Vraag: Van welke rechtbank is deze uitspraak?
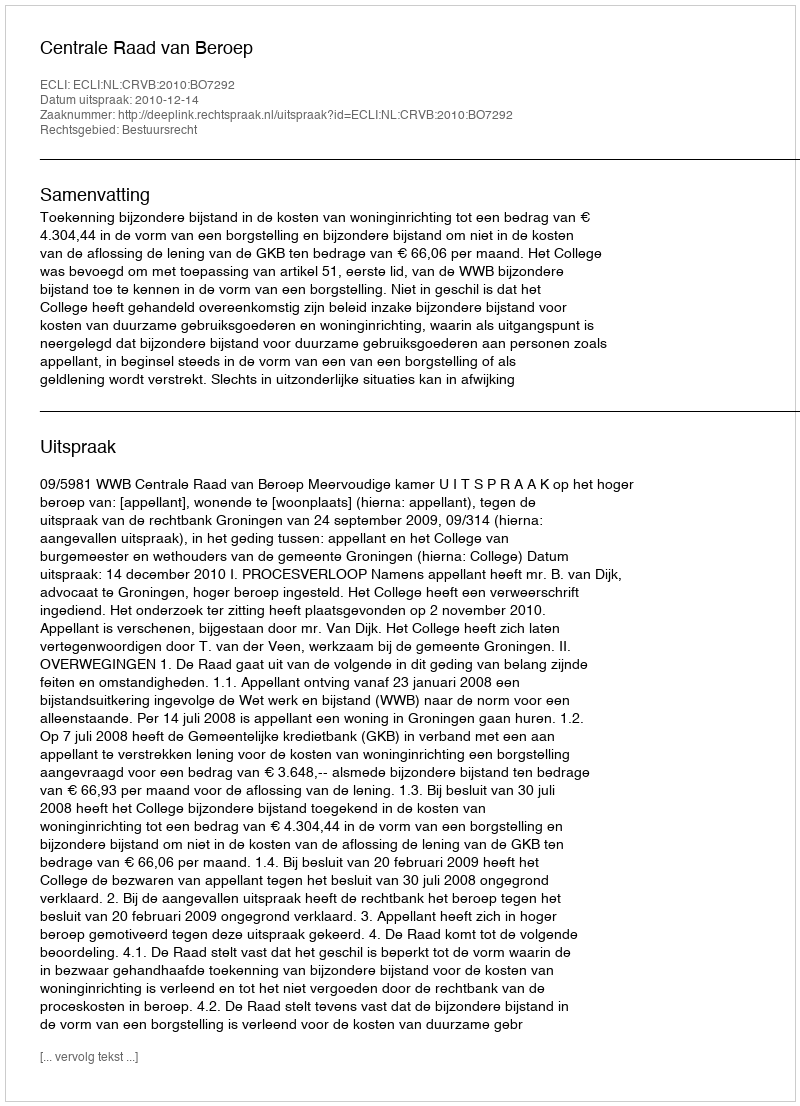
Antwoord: Centrale Raad van Beroep